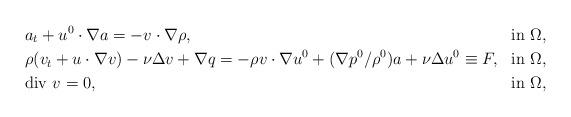
LaTeX: \begin{align*}&a_t+u^0\cdot\nabla a=-v\cdot\nabla\rho,&{\rm in}\ \Omega,\\&\rho(v_t+u\cdot\nabla v)-\nu\Delta v+\nabla q =-\rho v\cdot\nabla u^0+(\nabla p^0/\rho^0)a+\nu\Delta u^0\equiv F,&{\rm in}\ \Omega,\\&\mbox{div}\ v=0,&{\rm in}\ \Omega,\end{align*}